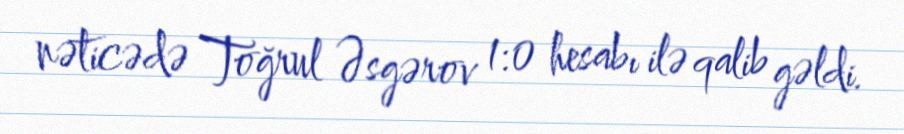
nəticədə Toğrul Əsgərov 1:0 hesabı ilə qalib gəldi.